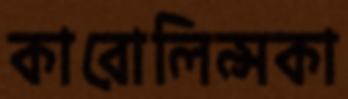
কারোলিন্সকা